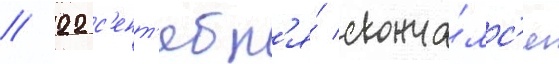
// 22 с'ент'ябр'я́ сконча́лс'я